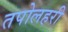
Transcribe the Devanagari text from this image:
तपोलहरी